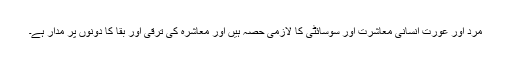
مرد اور عورت انسانی معاشرت اور سوسائٹی کا لازمی حصہ ہیں اور معاشرہ کی ترقی اور بقا کا دونوں پر مدار ہے۔